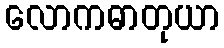
လောကဓာတုယာ